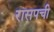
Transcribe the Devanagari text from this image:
रासपची